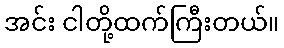
အင်း ငါတို့ထက်ကြီးတယ်။